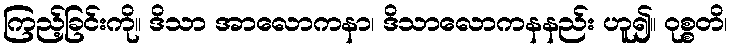
ကြည့်ခြင်းကို။ ဒိသာ အာလောကနာ၊ ဒိသာလောကနနည်း ဟူ၍။ ဝုစ္စတိ၊